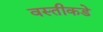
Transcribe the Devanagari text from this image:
वस्तीकडे